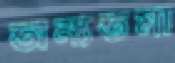
অন্যতমা